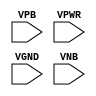
module sky130_fd_sc_lp__tapvpwrvgnd (
    //# {{power|Power}}
    input VPB ,
    input VPWR,
    input VGND,
    input VNB
);
endmodule